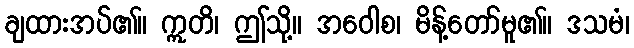
ချထားအပ်၏။ ဣတိ၊ ဤသို့။ အဝေါစ၊ မိန့်တော်မူ၏။ ဒသမံ၊